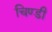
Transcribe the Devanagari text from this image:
चिण्डी